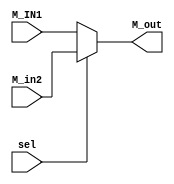
//////////////
////MUX 
///////////////////
  `timescale 1ps/1ps 
  
module MUX  (
			output reg [31:0] M_out, 
			input [31:0]M_IN1, M_in2 , 
			input sel  

); 

		always @(*)
		begin 
		#10
		 if(!sel)
			M_out<= M_IN1; 
			else M_out<=M_in2; 
		
		end 


 
endmodule